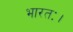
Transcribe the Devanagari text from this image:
भारतः।